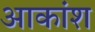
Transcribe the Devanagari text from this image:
आकांश